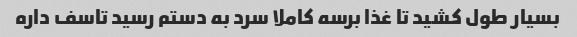
بسیار طول کشید تا غذا برسه کاملا سرد به دستم رسید تاسف داره